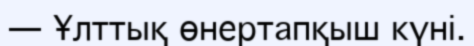
— Ұлттық өнертапқыш күні.